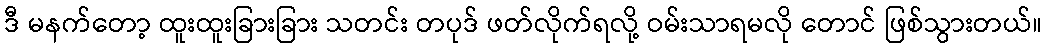
ဒီ မနက်တော့ ထူးထူးခြားခြား သတင်း တပုဒ် ဖတ်လိုက်ရလို့ ဝမ်းသာရမလို တောင် ဖြစ်သွားတယ်။